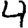
Digit: 4